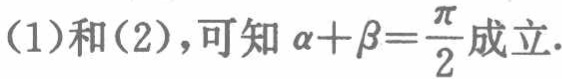
(1)和(2)，可知\(\alpha+\beta=\frac{\pi}{2}\)成立.